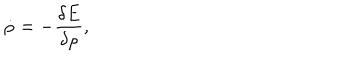
\dot { \rho } = - \frac { \delta E } { \delta \rho } ,